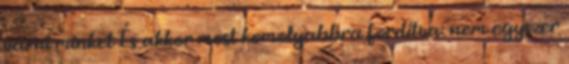
várni minket És akkor most komolyabbra fordítva: nem egyszer